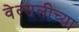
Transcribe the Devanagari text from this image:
वेल्सलीच्या